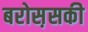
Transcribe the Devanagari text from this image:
बरोस़सकी